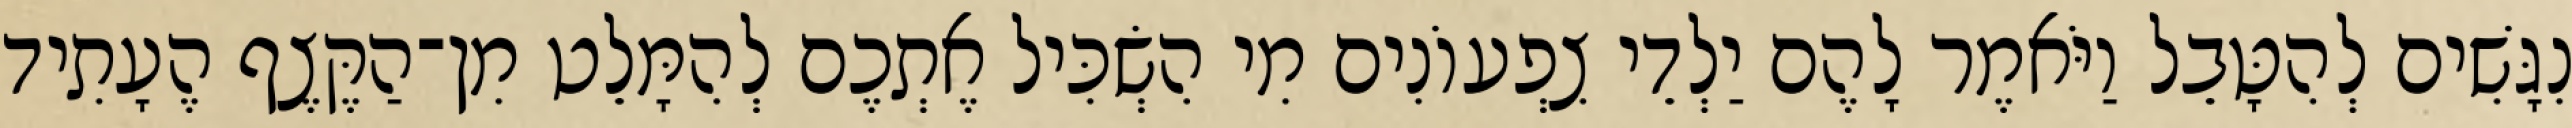
נִגָּשִׁים לְהִטָּבֵל וַיֹּאמֶר לָהֶם יַלְדֵי צִפְעוֹנִים מִי הִשְׂכִּיל אֶתְכֶם לְהִמָּלֵט מִן־הַקֶּצֶף הֶעָתִיד